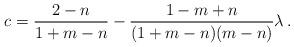
LaTeX: \begin{align*}c =\frac{2-n}{1+m-n} - \frac{1-m+n}{(1+m-n)(m-n)} \lambda \, .\end{align*}